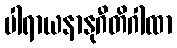
ပါရာယနာနုဂီတိဂါထာ